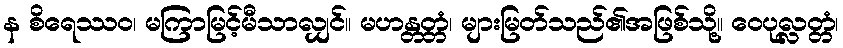
န စိရေဿဝ၊ မကြာမြင့်မီသာလျှင်။ မဟန္တတ္တံ၊ များမြတ်သည်၏အဖြစ်သို့။ ဝေပုလ္လတ္တံ၊